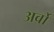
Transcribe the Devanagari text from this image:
अर्वो